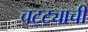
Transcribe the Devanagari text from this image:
चट्ट्याची